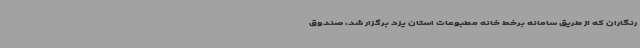
رنگاران که از طریق سامانه برخط خانه مطبوعات استان یزد برگزار شد، صندوق